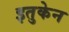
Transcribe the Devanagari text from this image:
इतुकेन